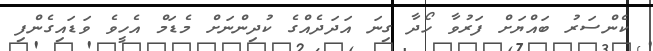
ކެންސަރު ބައްޔަށް ފަރުވާ ހޯދާ ގިނަ އަދަދެއްގެ ކުދިންނަށް މެޑަމް އެހީވެ ވަޑައިގެންފި